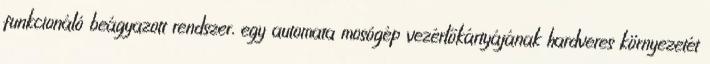
funkcionáló beágyazott rendszer, egy automata mosógép vezérlőkártyájának hardveres környezetét